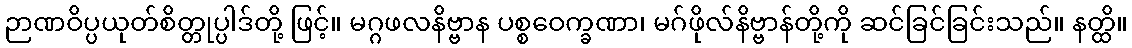
ဉာဏဝိပ္ပယုတ်စိတ္တုပ္ပါဒ်တို့ ဖြင့်။ မဂ္ဂဖလနိဗ္ဗာန ပစ္စဝေက္ခဏာ၊ မဂ်ဖိုလ်နိဗ္ဗာန်တို့ကို ဆင်ခြင်ခြင်းသည်။ နတ္ထိ။